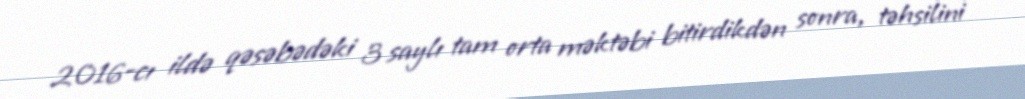
2016-cı ildə qəsəbədəki 3 saylı tam orta məktəbi bitirdikdən sonra, təhsilini